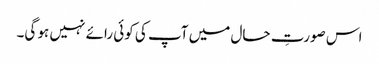
اس صورتِ حال میں آپ کی کوئی رائے نہیں ہو گی۔